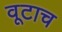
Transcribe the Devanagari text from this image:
वूटाच